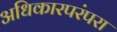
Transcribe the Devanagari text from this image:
अधिकारपरंपरा